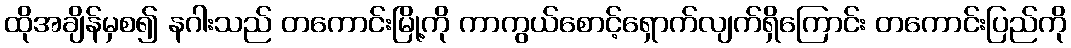
ထိုအချိန်မှစ၍ နဂါးသည် တကောင်းမြို့ကို ကာကွယ်စောင့်ရှောက်လျက်ရှိကြောင်း တကောင်းပြည်ကို